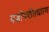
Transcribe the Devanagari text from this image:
यज्ञोपवीतधारण